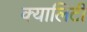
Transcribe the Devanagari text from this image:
क्यालिटी